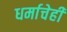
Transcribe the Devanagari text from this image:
धर्माचेही